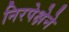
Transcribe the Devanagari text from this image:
निरपेक्षेने